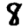
Digit: 8